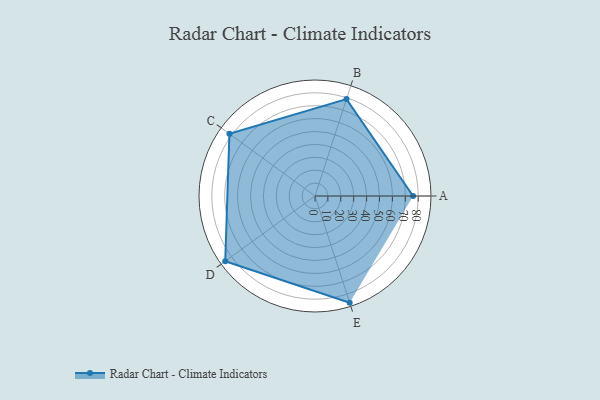
{"axis": {"x": "Skill", "y": "Score"}, "legend": ["Profile"], "data": [{"x": "A", "y": 76.0, "type": "Profile"}, {"x": "B", "y": 79.0, "type": "Profile"}, {"x": "C", "y": 82.0, "type": "Profile"}, {"x": "D", "y": 86.0, "type": "Profile"}, {"x": "E", "y": 87.0, "type": "Profile"}]}